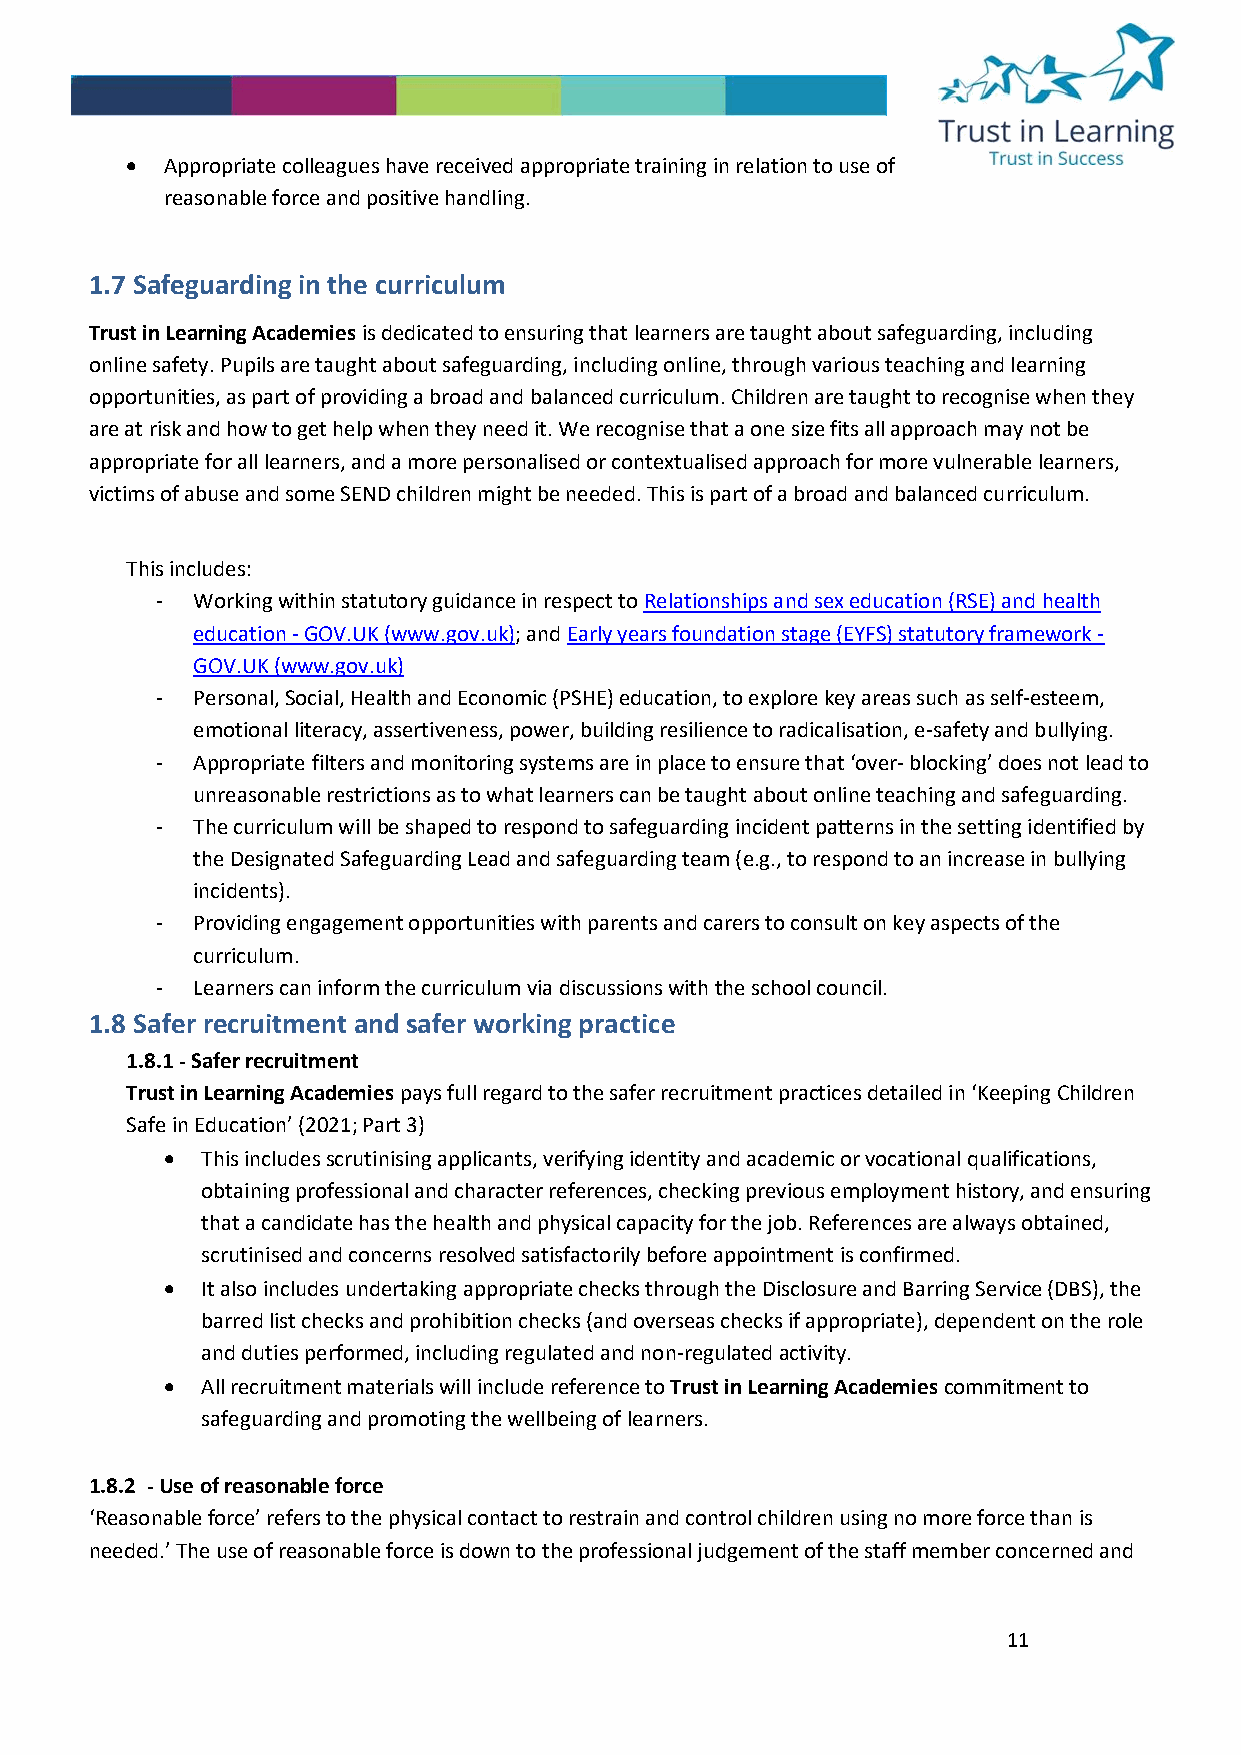
•  Appropriate colleagues have received appropriate training in relation to use of
 reasonable force and positive handling.
 1.7 Safeguarding in the curriculum
 Trust in Learning Academies is dedicated to ensuring that learners are taught about safeguarding, including
 online safety. Pupils are taught about safeguarding, including online, through various teaching and learning
 opportunities, as part of providing a broad and balanced curriculum. Children are taught to recognise when they
 are at risk and how to get help when they need it. We recognise that a one size fits all approach may not be
 appropriate for all learners, and a more personalised or contextualised approach for more vulnerable learners,
 victims of abuse and some SEND children might be needed. This is part of a broad and balanced curriculum.
 This includes:
 -  Working within statutory guidance in respect to Relationships and sex education (RSE) and health
 education - GOV.UK (www.gov.uk); and Early years foundation stage (EYFS) statutory framework -
 GOV.UK (www.gov.uk)
 -  Personal, Social, Health and Economic (PSHE) education, to explore key areas such as self-esteem,
 emotional literacy, assertiveness, power, building resilience to radicalisation, e-safety and bullying.
 -  Appropriate filters and monitoring systems are in place to ensure that ‘over- blocking’ does not lead to
 unreasonable restrictions as to what learners can be taught about online teaching and safeguarding.
 -  The curriculum will be shaped to respond to safeguarding incident patterns in the setting identified by
 the Designated Safeguarding Lead and safeguarding team (e.g., to respond to an increase in bullying
 incidents).
 -  Providing engagement opportunities with parents and carers to consult on key aspects of the
 curriculum.
 -  Learners can inform the curriculum via discussions with the school council.
 1.8 Safer recruitment and safer working practice
 1.8.1 - Safer recruitment
 Trust in Learning Academies pays full regard to the safer recruitment practices detailed in ‘Keeping Children
 Safe in Education’ (2021; Part 3)
 • This includes scrutinising applicants, verifying identity and academic or vocational qualifications,
 obtaining professional and character references, checking previous employment history, and ensuring
 that a candidate has the health and physical capacity for the job. References are always obtained,
 scrutinised and concerns resolved satisfactorily before appointment is confirmed.
 • It also includes undertaking appropriate checks through the Disclosure and Barring Service (DBS), the
 barred list checks and prohibition checks (and overseas checks if appropriate), dependent on the role
 and duties performed, including regulated and non-regulated activity.
 • All recruitment materials will include reference to Trust in Learning Academies commitment to
 safeguarding and promoting the wellbeing of learners.
 1.8.2 - Use of reasonable force
 ‘Reasonable force’ refers to the physical contact to restrain and control children using no more force than is
 needed.’ The use of reasonable force is down to the professional judgement of the staff member concerned and
 11